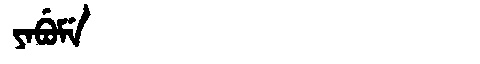
Manchu: ᠶᠠᠪᡠᠮᡝ
Romanization: YABUME